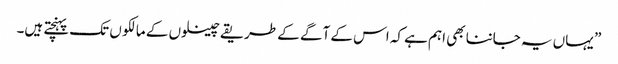
” یہاں یہ جاننا بھی اہم ہے کہ اس کے آگے کے طریقے چینلوں کے مالکو ں تک پہنچتے ہیں۔